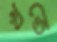
খতে